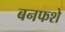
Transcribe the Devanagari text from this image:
बनफशे